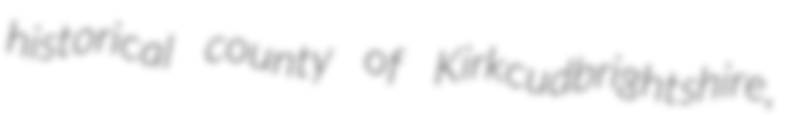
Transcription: historical county of Kirkcudbrightshire,